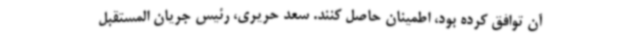
آن توافق کرده بود، اطمینان حاصل کنند. سعد حریری، رئیس جریان المستقبل